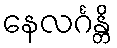
နေလင်္ဂန္တိ